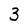
Character: 3